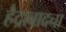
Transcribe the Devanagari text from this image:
हैद्राबादचा